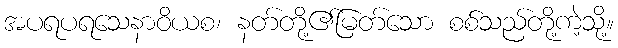
အပရပရသေနာဝိယစ၊ နတ်တို့၏မြတ်သော စစ်သည်တို့ကဲ့သို့။